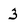
Character: 3